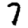
Digit: 7